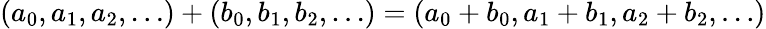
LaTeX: (a_{0},a_{1},a_{2},\ldots)+(b_{0},b_{1},b_{2},\ldots)=(a_{0}+b_{0},a_{1}+b_{1},a_{2}+b_{2},\ldots)